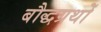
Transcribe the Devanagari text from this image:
बौद्धग्रथों